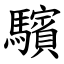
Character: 驞